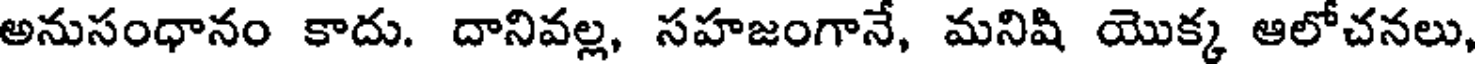
అనుసంధానం కాదు. దానివల్ల, సహజంగానే, మనిషి యొక్క ఆలోచనలు,